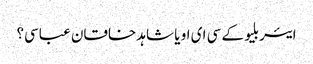
ایئر بلیو کے سی ای او یا شاہد خاقان عباسی؟